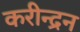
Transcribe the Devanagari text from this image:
करीन्द्रन